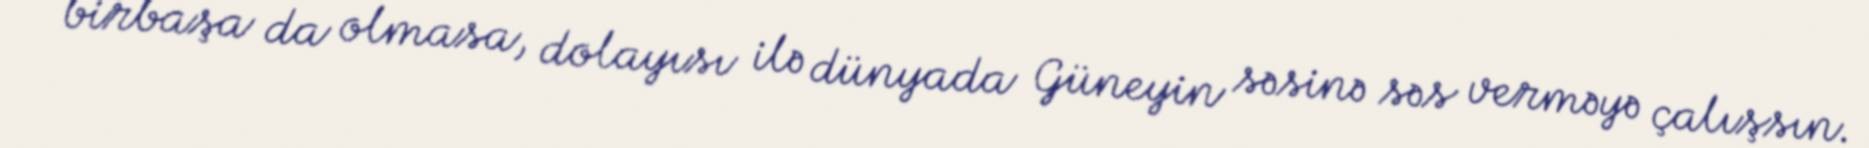
birbaşa da olmasa, dolayısı ilə dünyada Güneyin səsinə səs verməyə çalışsın.